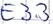
Text: E3.3